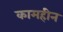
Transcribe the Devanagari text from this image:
कामहीन